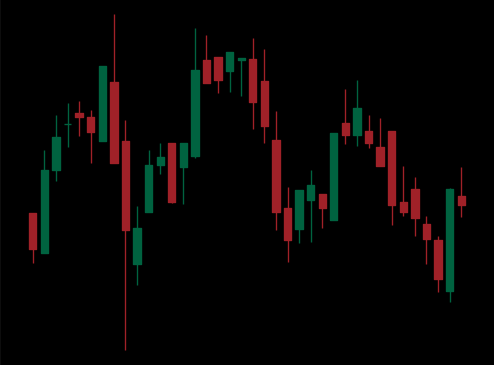
Pattern: head_shoulders